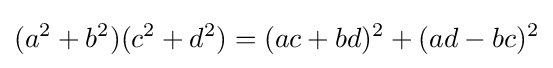
(a^{2}+b^{2})(c^{2}+d^{2})=(ac+bd)^{2}+(ad-bc)^{2}